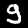
Label: 9